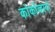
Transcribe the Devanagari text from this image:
कोर्कोव्हादो